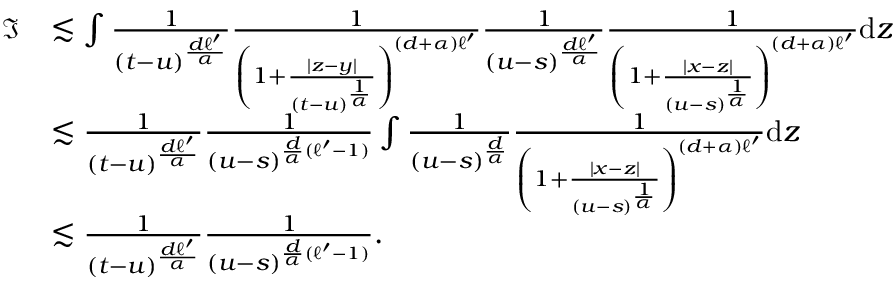
\begin{array} { r l } { \mathfrak { I } } & { \lesssim \int \frac { 1 } { ( t - u ) ^ { \frac { d \ell ^ { \prime } } { \alpha } } } \frac { 1 } { \left( 1 + \frac { | z - y | } { ( t - u ) ^ { \frac { 1 } { \alpha } } } \right) ^ { ( d + \alpha ) \ell ^ { \prime } } } \frac { 1 } { ( u - s ) ^ { \frac { d \ell ^ { \prime } } { \alpha } } } \frac { 1 } { \left( 1 + \frac { | x - z | } { ( u - s ) ^ { \frac { 1 } { \alpha } } } \right) ^ { ( d + \alpha ) \ell ^ { \prime } } } \mathrm { d } z } \\ & { \lesssim \frac { 1 } { ( t - u ) ^ { \frac { d \ell ^ { \prime } } { \alpha } } } \frac { 1 } { ( u - s ) ^ { \frac { d } { \alpha } ( \ell ^ { \prime } - 1 ) } } \int \frac { 1 } { ( u - s ) ^ { \frac { d } { \alpha } } } \frac { 1 } { \left( 1 + \frac { | x - z | } { ( u - s ) ^ { \frac { 1 } { \alpha } } } \right) ^ { ( d + \alpha ) \ell ^ { \prime } } } \mathrm { d } z } \\ & { \lesssim \frac { 1 } { ( t - u ) ^ { \frac { d \ell ^ { \prime } } { \alpha } } } \frac { 1 } { ( u - s ) ^ { \frac { d } { \alpha } ( \ell ^ { \prime } - 1 ) } } . } \end{array}